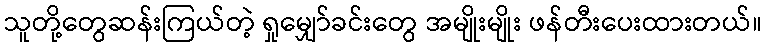
သူတို့တွေဆန်းကြယ်တဲ့ ရှုမျှော်ခင်းတွေ အမျိုးမျိုး ဖန်တီးပေးထားတယ်။